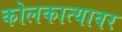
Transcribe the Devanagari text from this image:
कोलकात्यावर